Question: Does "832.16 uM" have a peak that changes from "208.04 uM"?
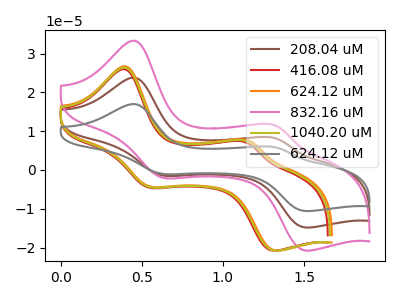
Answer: <think>The brown curve "208.04 uM" has anodic peaks at (0.45V, 23.70uA) (1.30V, 8.20uA) and cathodic peaks at (0.65V, -1.50uA) (1.50V, -14.85uA). The red curve "416.08 uM" has anodic peaks at (0.40V, 25.90uA) (1.15V, 7.15uA) and cathodic peaks at (0.55V, -4.60uA) (1.30V, -20.80uA). The orange curve "624.12 uM" has anodic peaks at (0.40V, 26.65uA) (1.15V, 7.55uA) and cathodic peaks at (0.55V, -4.35uA) (1.35V, -20.80uA). The pink curve "832.16 uM" has anodic peaks at (0.45V, 33.25uA) (1.30V, 11.50uA) and cathodic peaks at (0.65V, -2.05uA) (1.50V, -20.75uA). The olive curve "1040.20 uM" has anodic peaks at (0.40V, 26.30uA) (1.15V, 7.35uA) and cathodic peaks at (0.55V, -4.50uA) (1.30V, -20.80uA). The gray curve "624.12 uM" has anodic peaks at (0.45V, 47.45uA) (1.30V, 16.45uA) and cathodic peaks at (0.65V, -2.95uA) (1.50V, -29.65uA).
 All the peaks in "832.16 uM" have a peak in "208.04 uM" at the same potential. Every peak in "832.16 uM" is higher than every peak in "208.04 uM".</think>
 <answer>No, "832.16 uM" and "208.04 uM" don't appear to be significantly different in shape</answer>
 <eval>no_change</eval>